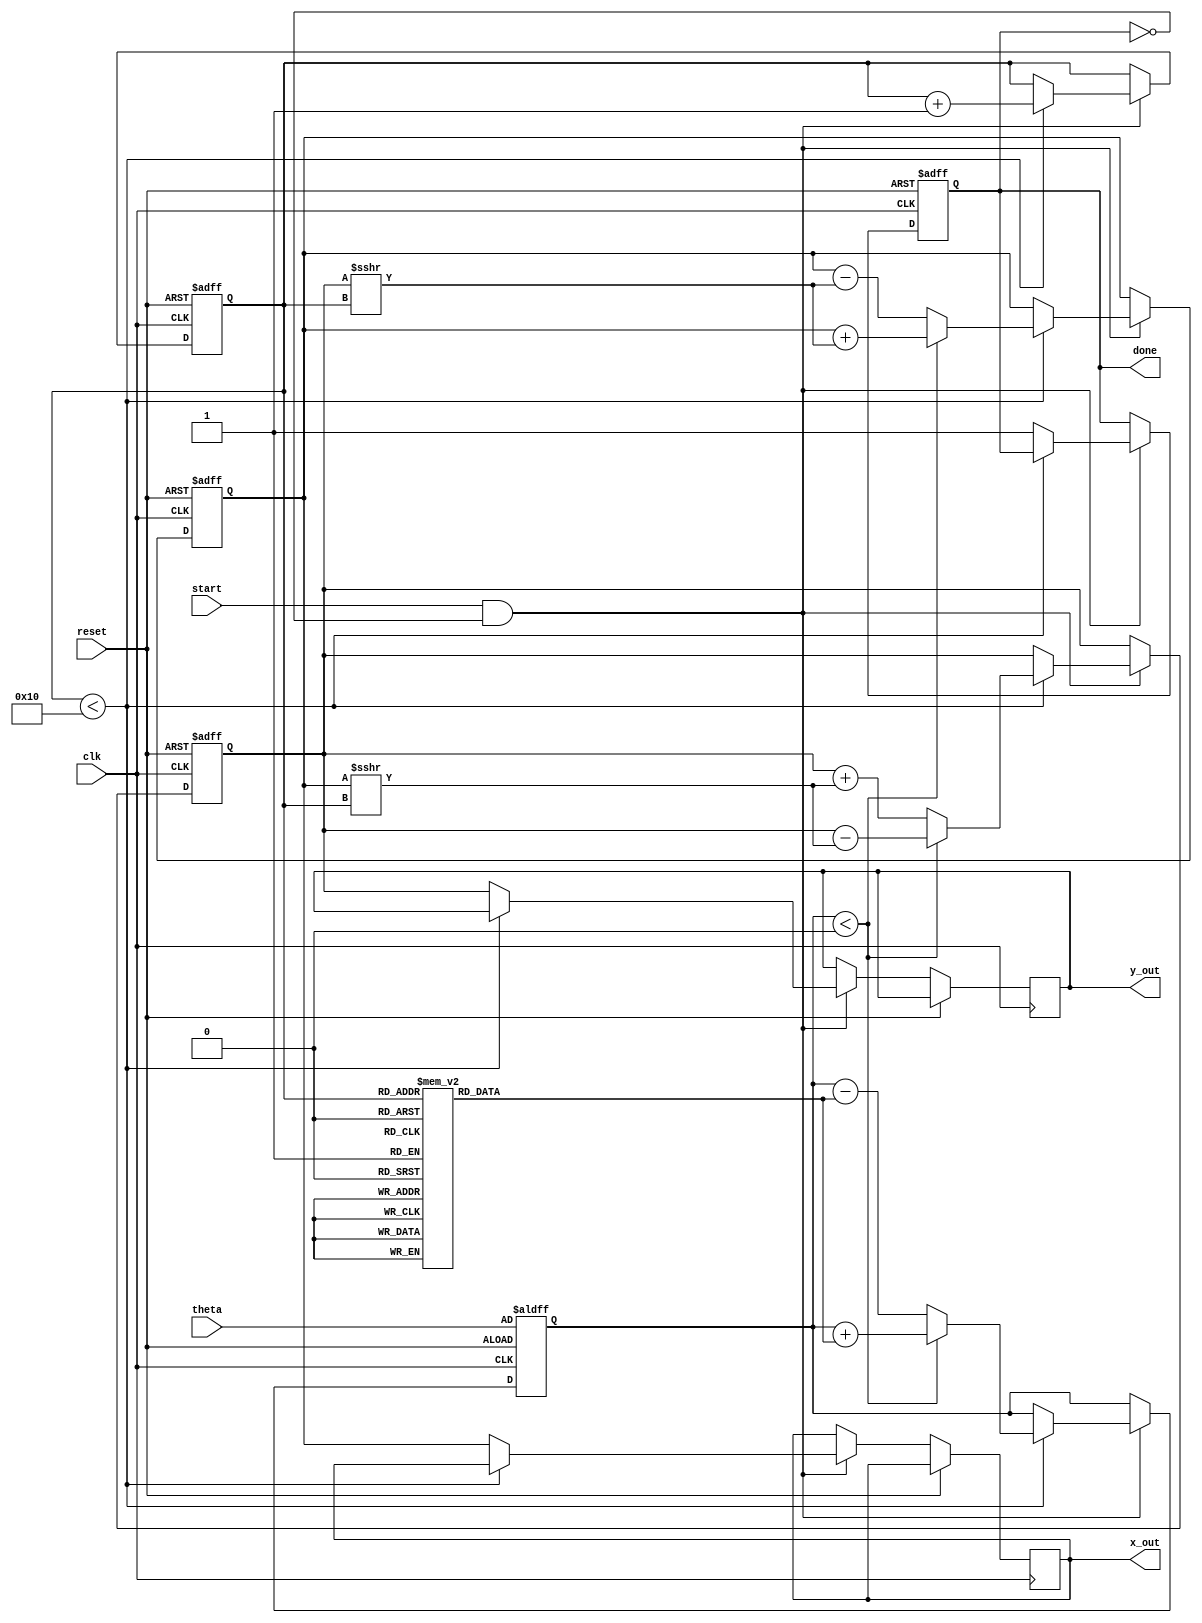
module cordic_rotational #(
    parameter N = 16,                  // Number of iterations
    parameter WIDTH = 16               // Bit-width of fixed-point numbers
)(
    input wire clk,                    // Clock signal
    input wire reset,                  // Reset signal
    input wire start,                  // Start signal
    input wire signed [WIDTH-1:0] theta, // Input angle in radians
    output reg signed [WIDTH-1:0] x_out, // Output x (cosine)
    output reg signed [WIDTH-1:0] y_out, // Output y (sine)
    output reg done                    // Done signal
);

    // Angle lookup table for CORDIC
    reg signed [WIDTH-1:0] atan_table [0:N-1];
    initial begin
        // Pre-calculated arctangent values (in fixed-point representation)
        atan_table[0] = 16'h2000; // atan(2^-0) = 0.7854
        atan_table[1] = 16'h1000; // atan(2^-1) = 0.4636
        atan_table[2] = 16'h0800; // atan(2^-2) = 0.2449
        atan_table[3] = 16'h0400; // atan(2^-3) = 0.1244
        atan_table[4] = 16'h0200; // atan(2^-4) = 0.0624
        atan_table[5] = 16'h0100; // atan(2^-5) = 0.0312
        atan_table[6] = 16'h0080; // atan(2^-6) = 0.0156
        atan_table[7] = 16'h0040; // atan(2^-7) = 0.0078
        atan_table[8] = 16'h0020; // atan(2^-8) = 0.0039
        atan_table[9] = 16'h0010; // atan(2^-9) = 0.0019
        atan_table[10] = 16'h0008; // atan(2^-10) = 0.0009
        atan_table[11] = 16'h0004; // atan(2^-11) = 0.0005
        atan_table[12] = 16'h0002; // atan(2^-12) = 0.0002
        atan_table[13] = 16'h0001; // atan(2^-13) = 0.0001
        atan_table[14] = 16'h0000; // atan(2^-14) = 0.0000
        atan_table[15] = 16'h0000; // atan(2^-15) = 0.0000
    end

    // Internal registers
    reg signed [WIDTH-1:0] x; // x vector
    reg signed [WIDTH-1:0] y; // y vector
    reg signed [WIDTH-1:0] z; // angle accumulator
    reg [3:0] iteration;       // Iteration counter

    // State machine for CORDIC operation
    always @(posedge clk or posedge reset) begin
        if (reset) begin
            x <= 16'h0001; // Initialize x to 1
            y <= 16'h0000; // Initialize y to 0
            z <= theta;    // Load input angle
            iteration <= 0; // Reset iteration counter
            done <= 0;      // Reset done signal
        end else if (start && !done) begin
            if (iteration < N) begin
                // Determine the direction of rotation
                if (z < 0) begin
                    // Counterclockwise rotation
                    x <= x + (y >>> iteration);
                    y <= y - (x >>> iteration);
                    z <= z + atan_table[iteration];
                end else begin
                    // Clockwise rotation
                    x <= x - (y >>> iteration);
                    y <= y + (x >>> iteration);
                    z <= z - atan_table[iteration];
                end
                iteration <= iteration + 1; // Increment iteration
            end else begin
                // Operation complete
                x_out <= x; // Output x (cosine)
                y_out <= y; // Output y (sine)
                done <= 1;  // Set done signal
            end
        end
    end

endmodule